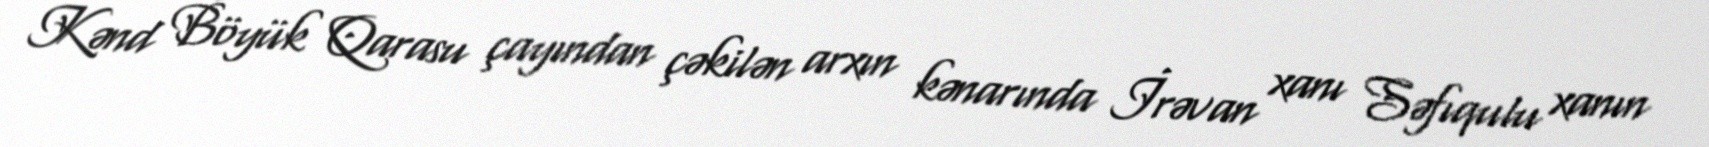
Kənd Böyük Qarasu çayından çəkilən arxın kənarında İrəvan xanı Səfıqulu xanın